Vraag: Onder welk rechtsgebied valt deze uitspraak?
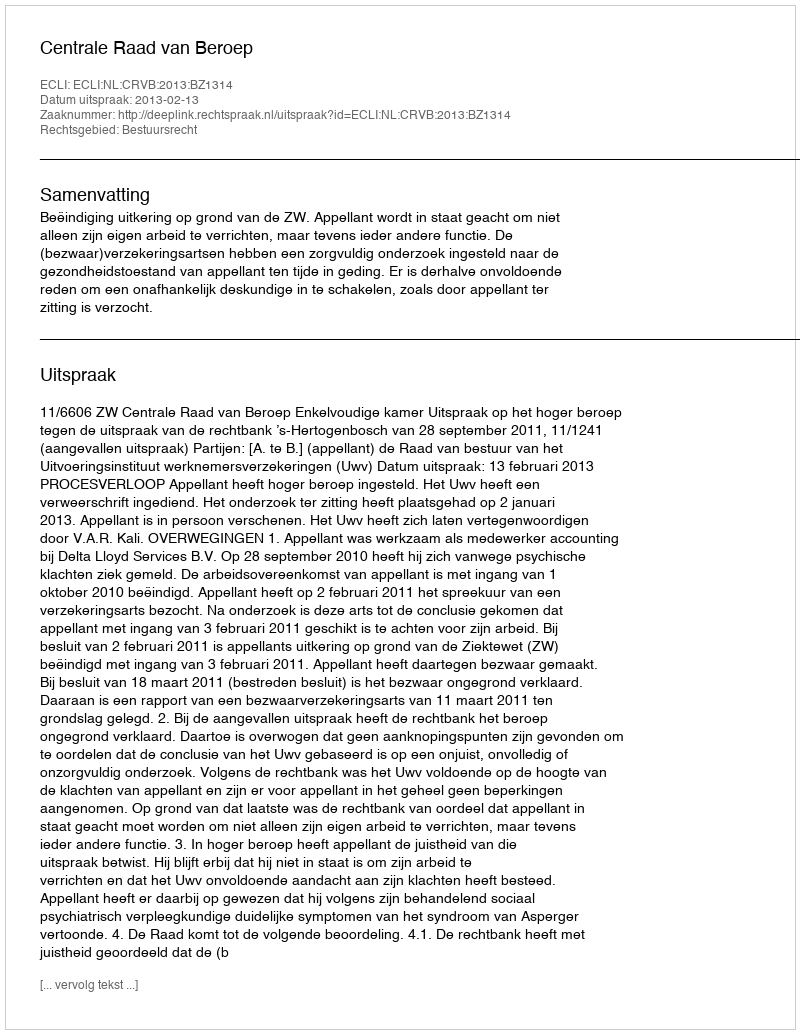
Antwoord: Bestuursrecht